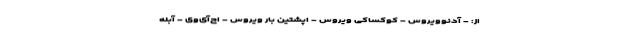
از: - آدنوویروس - کوکساکی ویروس - اپشتین بار ویروس - اچ‌آی‌وی - آبله